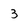
Character: 3